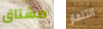
مشتاق التلفاز